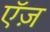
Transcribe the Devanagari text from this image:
ऍज़